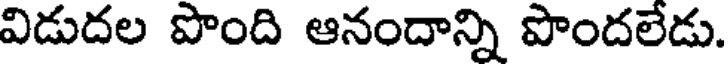
విడుదల పొంది ఆనందాన్ని పొందలేడు.